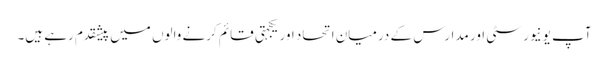
آپ یونیورسٹی اور مدارس کے درمیان اتحاد اور یکجہتی قائم کرنے والوں میں پیشقدم رہے ہیں۔